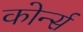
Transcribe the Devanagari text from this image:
कोर्न्स